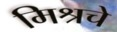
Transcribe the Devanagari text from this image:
मिश्रचे